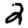
Digit: 2